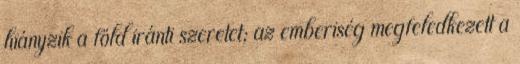
hiányzik a föld iránti szeretet; az emberiség megfeledkezett a